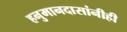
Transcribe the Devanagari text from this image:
हनुमानदासांनीही